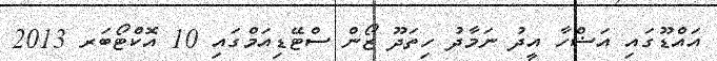
އައްޑޫގައި އަޟްހާ އީދު ނަމާދު ހިތަދޫ ޒޯން ސްޓޭޑިއަމްގައި 10 އޮކްޓޯބަރ 2013